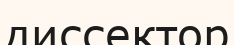
диссектор